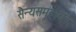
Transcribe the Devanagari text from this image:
सैन्यसमूहाची